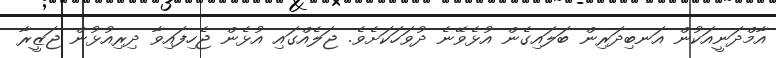
އާމްދަނީއަކުން އަނބިދަރިން ބަލައިގެން އުޅެވޭނެ ދުވަހަކަށެވެ. ޖަލެއްގައި އުޅެން ޖެހިފައިވާ ދިރިއުޅުން ޖަޒީރާ